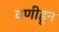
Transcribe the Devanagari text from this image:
वणीहून